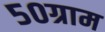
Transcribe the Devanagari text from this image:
५०ग्राम